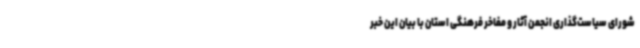
شورای سیاست‌گذاری انجمن آثار و مفاخر فرهنگی استان با بیان این خبر